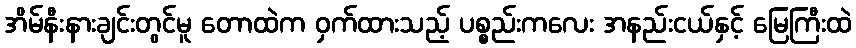
အိမ်နီးနားချင်းတွင်မူ တောထဲက ဝှက်ထားသည့် ပစ္စည်းကလေး အနည်းငယ်နှင့် မြေကြီးထဲ